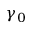
\gamma _ { 0 }